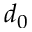
d _ { 0 }